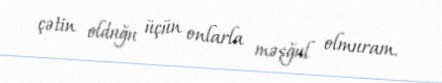
çətin olduğu üçün onlarla məşğul olmuram.